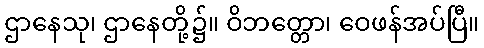
ဌာနေသု၊ ဌာနေတို့၌။ ဝိဘတ္တော၊ ဝေဖန်အပ်ပြီ။